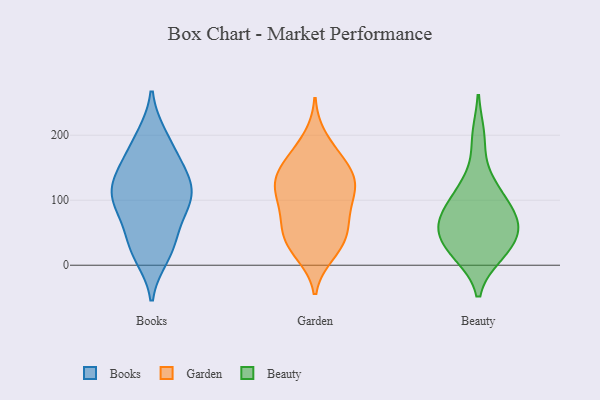
{"axis": {"x": "Latency (ms)", "y": "Value"}, "legend": ["Beauty", "Books", "Garden"], "data": [{"x": "", "y": 129, "type": "Books"}, {"x": "", "y": 18, "type": "Books"}, {"x": "", "y": 98, "type": "Books"}, {"x": "", "y": 168, "type": "Books"}, {"x": "", "y": 74, "type": "Books"}, {"x": "", "y": 50, "type": "Books"}, {"x": "", "y": 104, "type": "Books"}, {"x": "", "y": 200, "type": "Books"}, {"x": "", "y": 115, "type": "Books"}, {"x": "", "y": 111, "type": "Books"}, {"x": "", "y": 52, "type": "Books"}, {"x": "", "y": 200, "type": "Books"}, {"x": "", "y": 144, "type": "Books"}, {"x": "", "y": 98, "type": "Books"}, {"x": "", "y": 104, "type": "Books"}, {"x": "", "y": 148, "type": "Books"}, {"x": "", "y": 159, "type": "Books"}, {"x": "", "y": 23, "type": "Books"}, {"x": "", "y": 13, "type": "Books"}, {"x": "", "y": 17, "type": "Garden"}, {"x": "", "y": 61, "type": "Garden"}, {"x": "", "y": 196, "type": "Garden"}, {"x": "", "y": 65, "type": "Garden"}, {"x": "", "y": 160, "type": "Garden"}, {"x": "", "y": 24, "type": "Garden"}, {"x": "", "y": 48, "type": "Garden"}, {"x": "", "y": 125, "type": "Garden"}, {"x": "", "y": 93, "type": "Garden"}, {"x": "", "y": 77, "type": "Garden"}, {"x": "", "y": 27, "type": "Garden"}, {"x": "", "y": 170, "type": "Garden"}, {"x": "", "y": 125, "type": "Garden"}, {"x": "", "y": 135, "type": "Garden"}, {"x": "", "y": 106, "type": "Garden"}, {"x": "", "y": 45, "type": "Garden"}, {"x": "", "y": 127, "type": "Garden"}, {"x": "", "y": 107, "type": "Garden"}, {"x": "", "y": 136, "type": "Garden"}, {"x": "", "y": 160, "type": "Garden"}, {"x": "", "y": 94, "type": "Beauty"}, {"x": "", "y": 197, "type": "Beauty"}, {"x": "", "y": 17, "type": "Beauty"}, {"x": "", "y": 126, "type": "Beauty"}, {"x": "", "y": 66, "type": "Beauty"}, {"x": "", "y": 66, "type": "Beauty"}, {"x": "", "y": 19, "type": "Beauty"}, {"x": "", "y": 111, "type": "Beauty"}, {"x": "", "y": 65, "type": "Beauty"}, {"x": "", "y": 25, "type": "Beauty"}, {"x": "", "y": 64, "type": "Beauty"}, {"x": "", "y": 44, "type": "Beauty"}]}